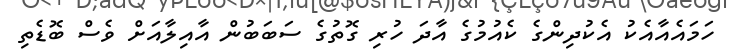
ހަމައެއާއެކު އެކުދިންގެ ކެއުމުގެ އާދަ ހުރި ގޮތުގެ ސަބަބުން އާއިލާއަށް ވެސް ބޮޑެތި